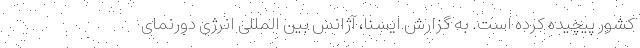
کشور پیچیده کرده است. به گزارش ایسنا، آژانس بین المللی انرژی دورنمای